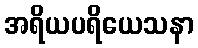
အရိယပရိယေသနာ